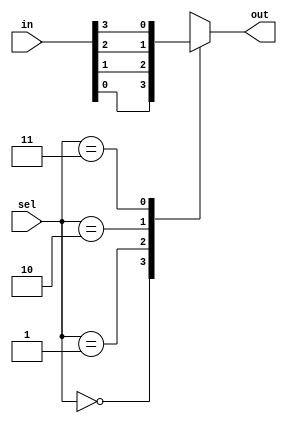
module mux4x1 (input [3:0] in, input [1:0] sel, output out);
    always @ (in or sel)
        case (sel)
            2'b00: out = in[0];
            2'b01: out = in[1];
            2'b10: out = in[2];
            2'b11: out = in[3];
        endcase
endmodule